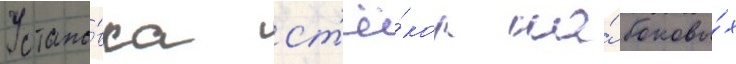
Устано́вка ст'ё́кол на́ боковы́х